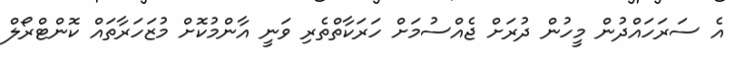
އެ ސަރަހައްދުން މީހުން ދުރަށް ޖެއްސުމަށް ހަރަކާތްތެރި ވަނީ އާންމުކޮށް މުޒަހަރާތައް ކޮންޓްރޯލް